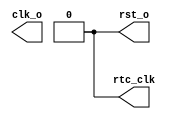
module clkrst(clk_o, rst_o, rtc_clk);

//
// I/O ports
//
output	clk_o;	// Clock
output	rst_o;	// Reset
output	rtc_clk; // (External) RTC clock

//
// Internal regs
//
reg	clk_o;	// Clock
reg	rst_o;	// Reset
reg	rtc_clk; // RTC clock

initial begin
	clk_o = 0;
	rst_o = 1;
	rtc_clk = 0;
	#20;
	rst_o = 0;
end

//
// Clock
//
always #4 clk_o = ~clk_o;

//
// RTC clock generator
//
task gen_rtc_clk;
input	[31:0]	cycles;
integer 	i;
begin
	for (i = 2 * cycles; i; i = i - 1) begin
		#4 rtc_clk = ~rtc_clk;
`ifdef RTC_VERBOSE
		if (i % 20000 == 19999)
			$write(".");
`endif
	end
end
endtask

endmodule